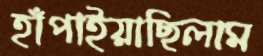
হাঁপাইয়াছিলাম